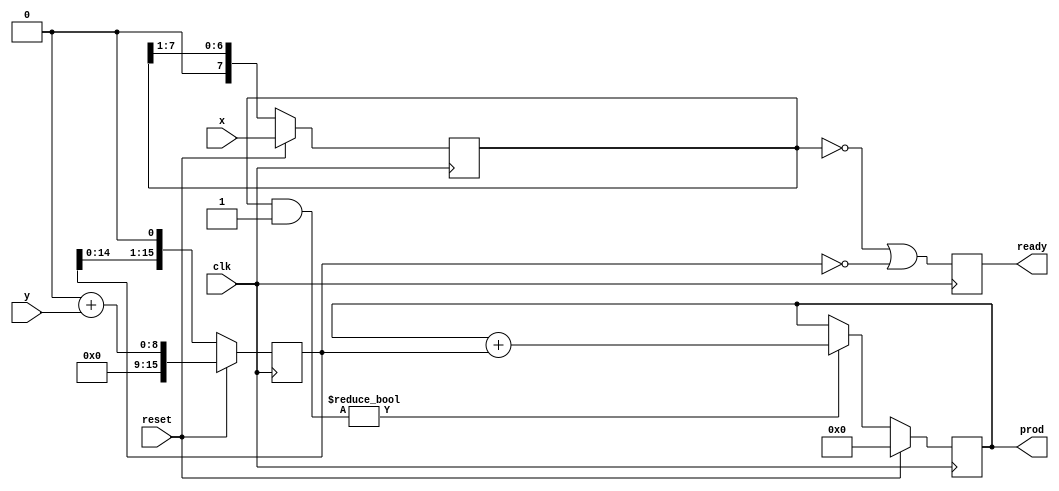
module multiplier (
clk, //clock
reset, //reset the Multiplier
x, //First Number to be multiplied 
y, //Second Number to be multiplied
prod, //result of multiplication
ready //signals if the result is ready
);

parameter bits = 8;

//----Input Ports---
input clk;
input reset;
input [bits - 1:0] x;
input [bits - 1:0] y;

//---Output Ports--
output reg [(bits * 2) - 1:0] prod;
output reg ready;

//--Internal Data--
reg [7:0] rx;
reg [15:0] ry;

always @(posedge clk) begin
    if (reset) begin
        rx <= x;
        ry <= 16'b0 + y;
        prod <= 16'b0;

    end else begin
        rx <= rx >> 1;
        ry <= ry << 1;
        // If LSB of rx is 1 then "multiply" otherwise no change
        if (rx & 8'b1) begin
            prod <= prod + ry;
        end else begin 
            prod <= prod;
        end

    end
    // When one result reaches 0 nothing left to multiply
    //$display("reset %b ready %b rx %d ry %d prod %d, x %d, y %d", reset, ready, rx, ry, prod, x ,y);
    ready <= !rx || !ry;
end


endmodule